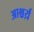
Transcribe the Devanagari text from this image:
आश्चर्य़